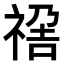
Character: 𥚣